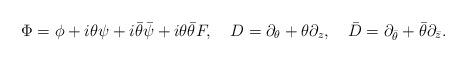
LaTeX: \begin{align*}\Phi= \phi+i\theta\psi+i\bar{\theta}\bar{\psi}+i\theta\bar{\theta}F,~~~ D=\partial_\theta+\theta\partial_z,~~~ \bar{D}=\partial_{\bar{\theta}}+\bar{\theta}\partial_{\bar{z}}.\end{align*}